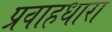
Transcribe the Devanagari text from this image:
प्रवाहधारा